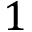
1